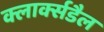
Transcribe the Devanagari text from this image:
क्लार्क्सडैल